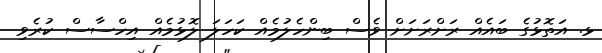
ޅ. އަތޮޅުގެ ބައެއް ރަށްރަށަށް ވެސް ބިންހެލުމެއް ކަހަލަ ލޮޅުމެއް އިހްސާސް ކުރެވި